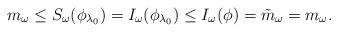
LaTeX: \begin{align*}m_\omega \leq S_\omega(\phi_{\lambda_0}) =I_\omega(\phi_{\lambda_0}) \leq I_\omega(\phi) =\tilde{m}_\omega = m_\omega.\end{align*}